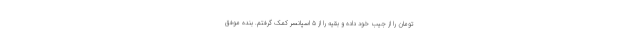
تومان را از جیب خود داده و بقیه را از ۵ اسپانسر کمک گرفتم. بنده موفق